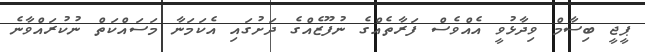
ޕީޖީ ބިސާމް ވިދާޅުވީ އެއްވެސް ފަރާތެއްގެ ނުފޫޒެއްގެ ދަށުގައި އެކަމަނާ މަސައްކަތް ނުކުރައްވާނެ